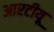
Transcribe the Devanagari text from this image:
आरटीयू